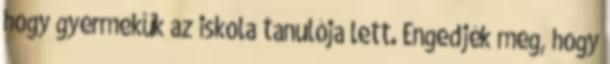
hogy gyermekük az iskola tanulója lett. Engedjék meg, hogy